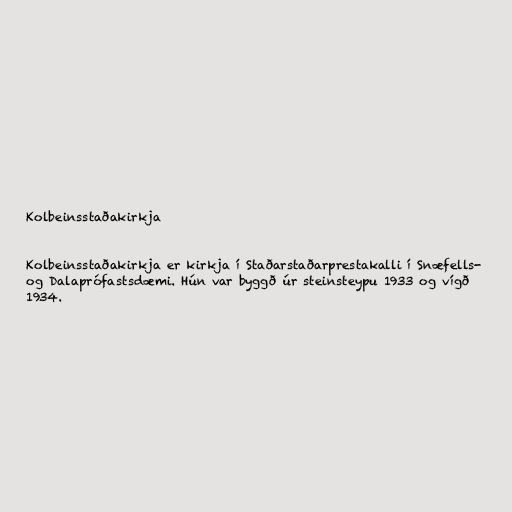
Kolbeinsstaðakirkja

Kolbeinsstaðakirkja er kirkja í Staðarstaðarprestakalli í Snæfells-
og Dalaprófastsdæmi. Hún var byggð úr steinsteypu 1933 og vígð
1934.